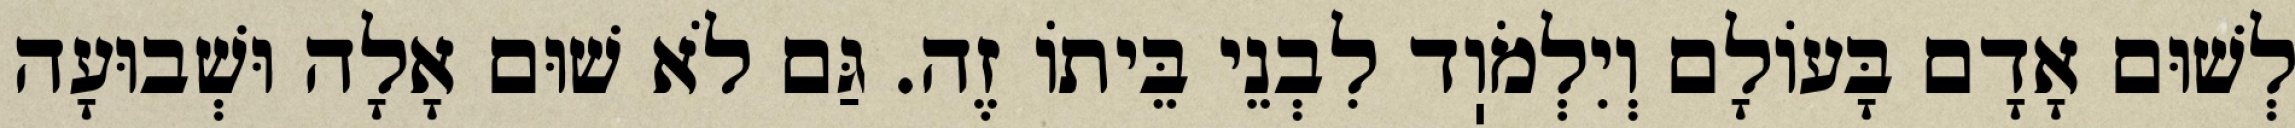
לְשׁוּם אָדָם בָּעוֹלָם וְיִלְמֹוֽד לִבְנֵי בֵּיתוֹ זֶה. גַּם לֹא שׁוּם אָלָה וּשְׁבוּעָה